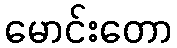
မောင်းတော